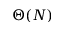
\Theta ( N )